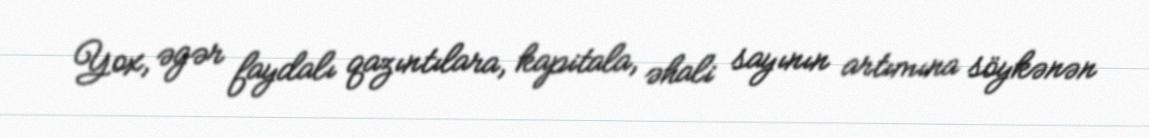
Yox, əgər faydalı qazıntılara, kapitala, əhali sayının artımına söykənən